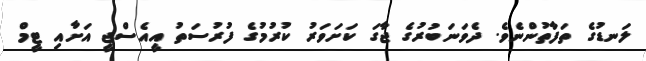
ލަނޑުގެ ތަފާތުންނެވެ. ދެވަނަބުރުގެ ޖާގަ ކަށަވަރު ކުރުމުގެ ފުރުސަތު އީއެސްޖީ އަށާއި ޓީމް